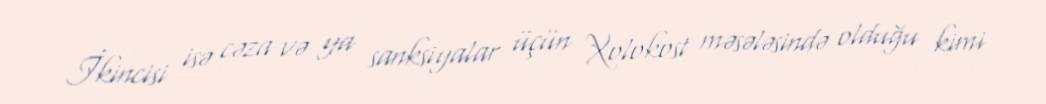
İkincisi isə cəza və ya sanksiyalar üçün Xolokost məsələsində olduğu kimi